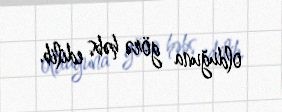
olduğuna görə həbs edilib.